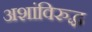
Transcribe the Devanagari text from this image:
अशांविरुद्ध